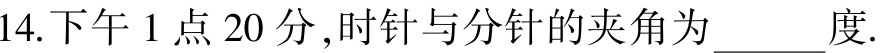
14.下午1点20分,时针与分针的夹角为______度.